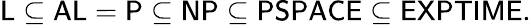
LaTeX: {\mathsf{L}}\subseteq{\mathsf{AL}}={\mathsf{P}}\subseteq{\mathsf{NP}}\subseteq{\mathsf{PSPACE}}\subseteq{\mathsf{EXPTIME}}.